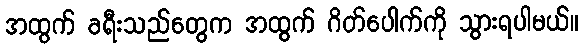
အထွက် ခရီးသည်တွေက အထွက် ဂိတ်ပေါက်ကို သွားရပါမယ်။